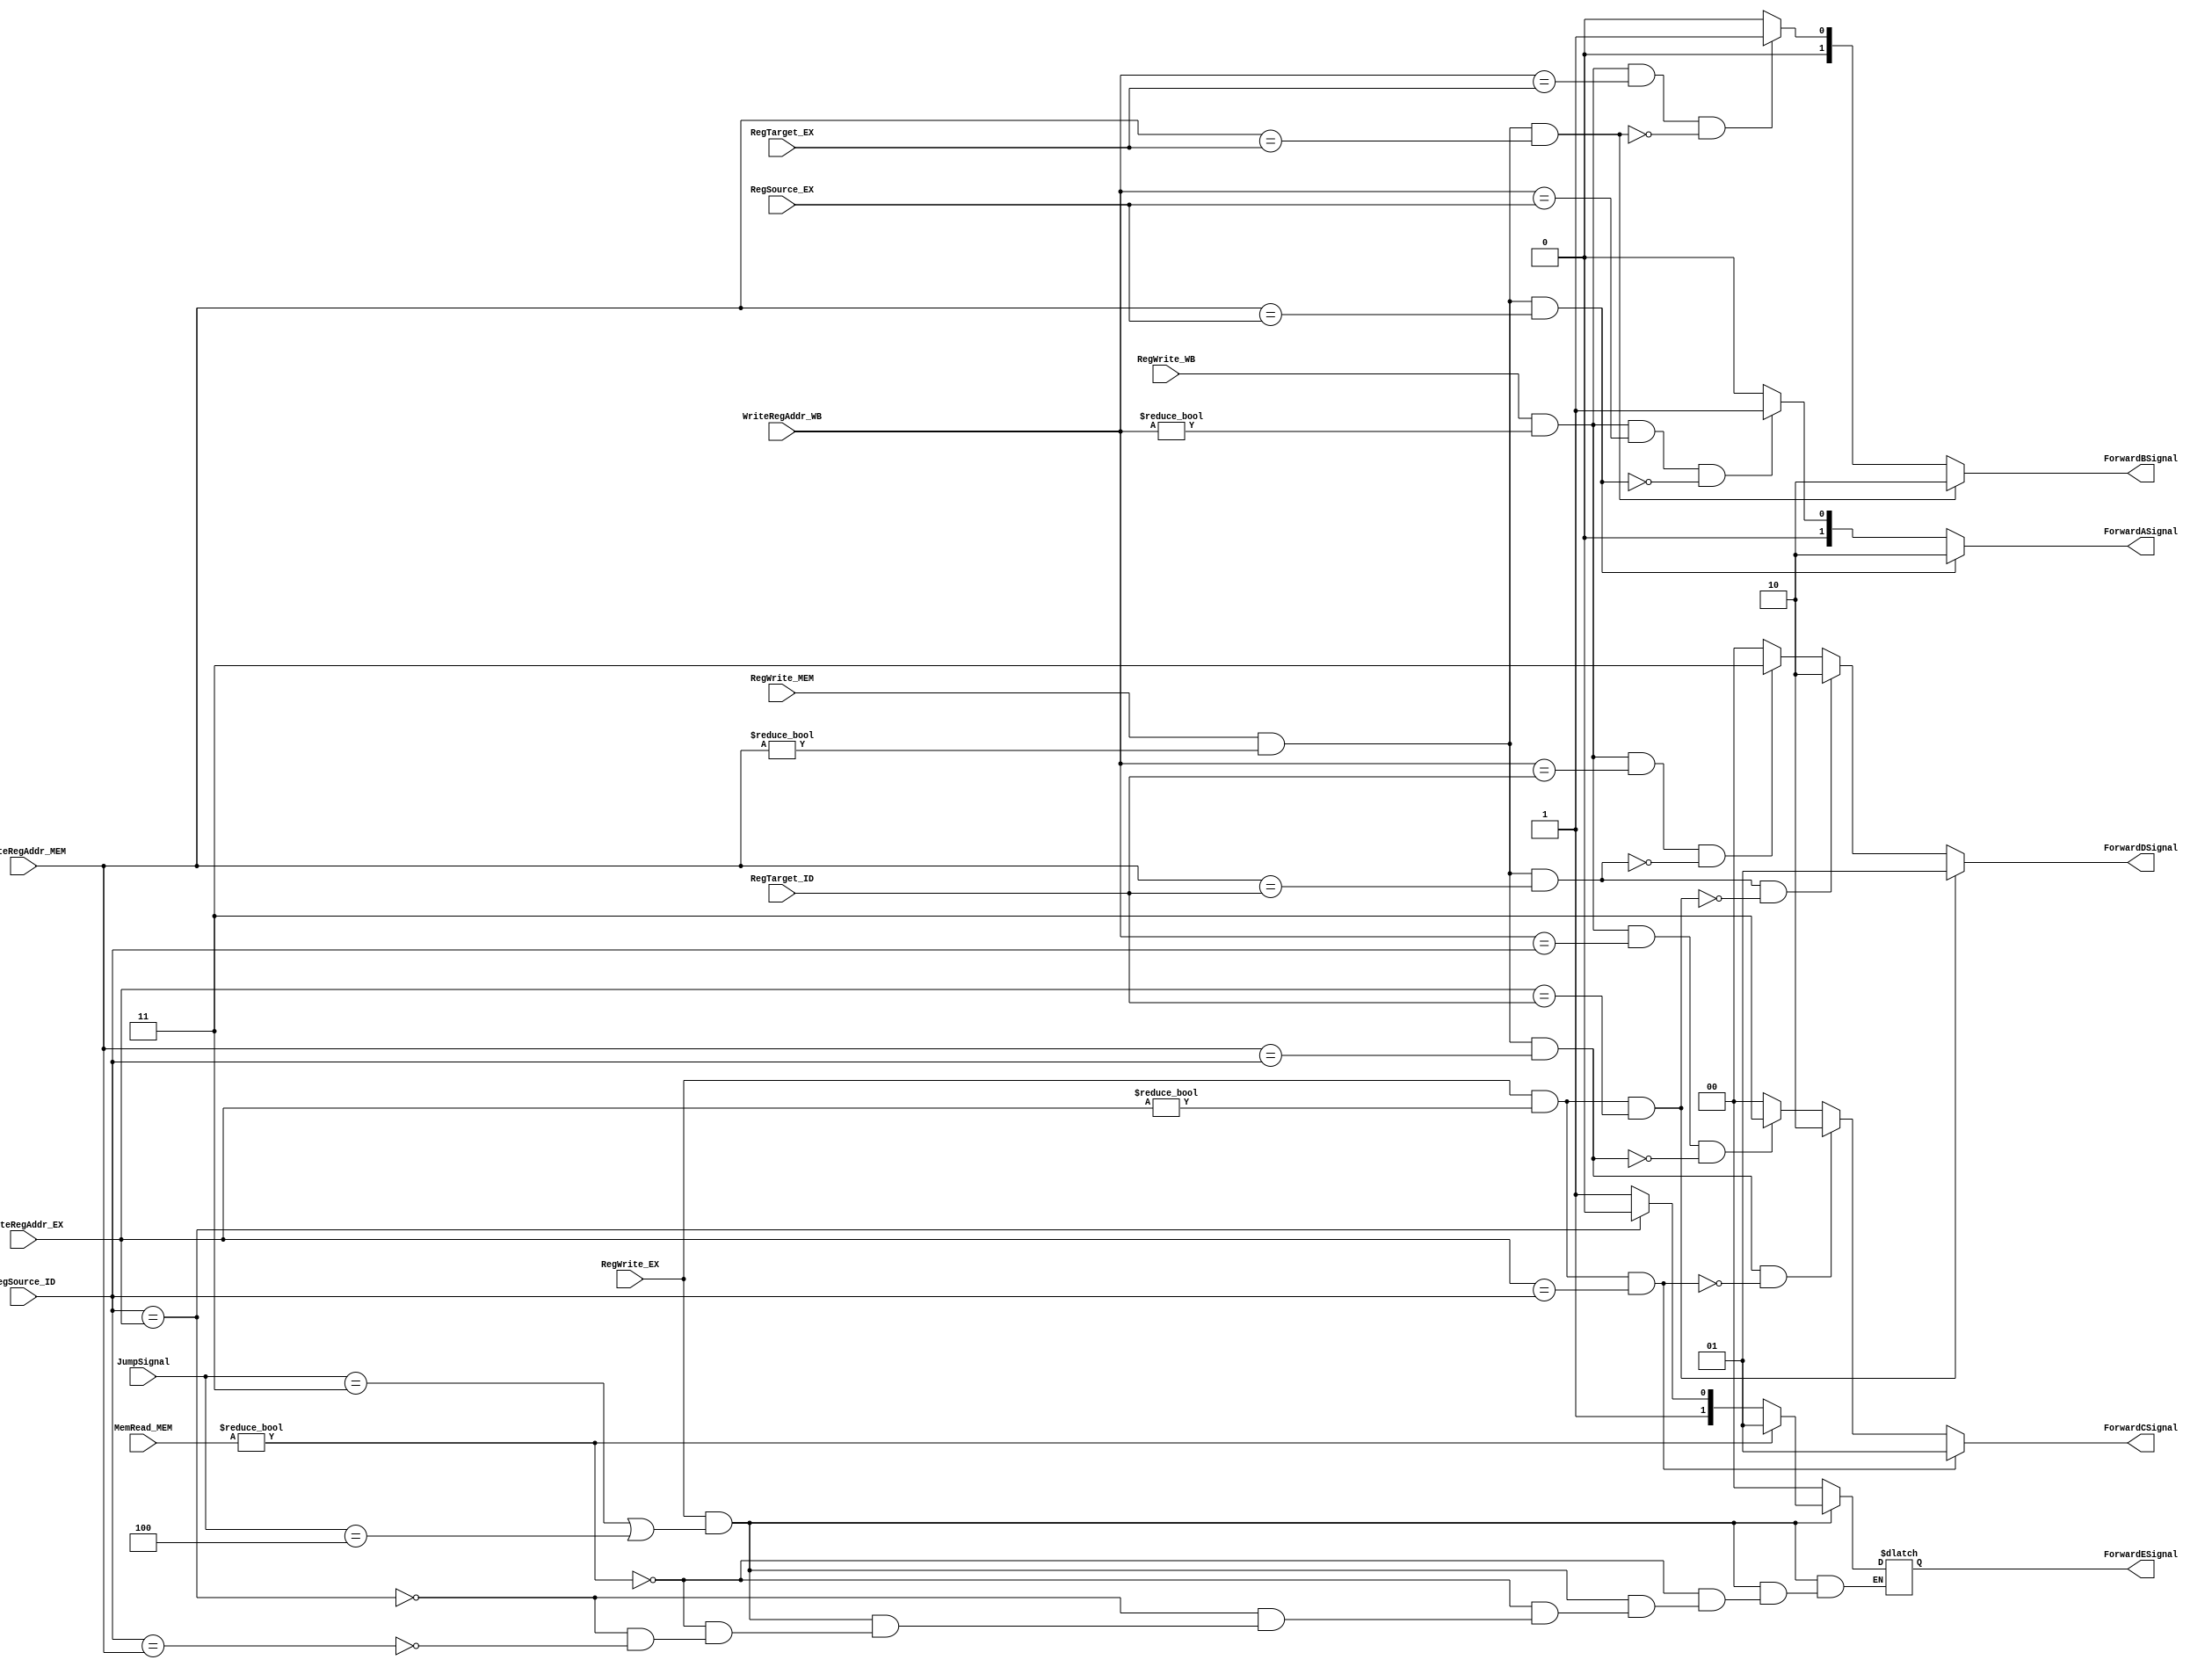
`timescale 1ns / 1ps

module Forwarding(
    input [2:0] JumpSignal,
    input [4:0] RegSource_ID,
    input [4:0] RegTarget_ID,
    input [4:0] RegSource_EX,
    input [4:0] RegTarget_EX,
    input [4:0] WriteRegAddr_EX,
    input [4:0] WriteRegAddr_MEM,
    input [4:0] WriteRegAddr_WB,
    input [2:0] MemRead_MEM,
    input       RegWrite_EX,
    input       RegWrite_MEM,
    input       RegWrite_WB,
    output reg[1:0] ForwardASignal,
    output reg[1:0] ForwardBSignal,
    output reg[1:0] ForwardCSignal,
    output reg[1:0] ForwardDSignal,
    output reg[1:0] ForwardESignal
    );
    
    always @(*) begin
//     MEM  0 
// EX  MEM  ALU 
//
//     WB  0 
// EX 
// 
        if(((RegWrite_MEM == 1) && (WriteRegAddr_MEM != 0)) &&(WriteRegAddr_MEM == RegSource_EX)) 
            ForwardASignal = 2'b10;
        else if(((RegWrite_WB == 1) && (WriteRegAddr_WB != 0))&&(WriteRegAddr_WB == RegSource_EX) && !((RegWrite_MEM && WriteRegAddr_MEM != 0) && (WriteRegAddr_MEM == RegSource_EX)))
            ForwardASignal = 2'b01;
        else ForwardASignal = 2'b00;
        
        if((RegWrite_MEM == 1) && (WriteRegAddr_MEM != 0) &&(WriteRegAddr_MEM == RegTarget_EX)) 
            ForwardBSignal = 2'b10;
        else if(((RegWrite_WB == 1) && (WriteRegAddr_WB != 0))&&(WriteRegAddr_WB == RegTarget_EX) && !((RegWrite_MEM && WriteRegAddr_MEM != 0) && (WriteRegAddr_MEM == RegTarget_EX)))
            ForwardBSignal = 2'b01;
        else ForwardBSignal = 2'b00;
        
   
   
        if((RegWrite_EX && WriteRegAddr_EX != 0) && (WriteRegAddr_EX == RegSource_ID))
            ForwardCSignal = 2'b01;
        else if((RegWrite_MEM && WriteRegAddr_MEM != 0) && (WriteRegAddr_MEM == RegSource_ID) && !((RegWrite_EX && WriteRegAddr_EX != 0) && (WriteRegAddr_EX == RegSource_ID)))
             ForwardCSignal = 2'b10;
        else if(((RegWrite_WB == 1) && (WriteRegAddr_WB != 0))&&(WriteRegAddr_WB == RegSource_ID) && !((RegWrite_MEM && WriteRegAddr_MEM != 0) && (WriteRegAddr_MEM == RegSource_ID)))
            ForwardCSignal = 2'b11;
        else ForwardCSignal = 2'b00;
        
        
        if((RegWrite_EX && WriteRegAddr_EX != 0) && (WriteRegAddr_EX == RegTarget_ID))
            ForwardDSignal = 2'b01;
        else if((RegWrite_MEM && WriteRegAddr_MEM != 0) && (WriteRegAddr_MEM == RegTarget_ID) && !((RegWrite_EX && WriteRegAddr_EX != 0) && (WriteRegAddr_EX == RegTarget_ID)))
             ForwardDSignal = 2'b10;
        else if(((RegWrite_WB == 1) && (WriteRegAddr_WB != 0))&&(WriteRegAddr_WB == RegTarget_ID) && !((RegWrite_MEM && WriteRegAddr_MEM != 0) && (WriteRegAddr_MEM == RegTarget_ID)))
            ForwardDSignal = 2'b11;
        else ForwardDSignal = 2'b00;
    
        if(RegWrite_EX && (JumpSignal == 3'b011 || JumpSignal == 3'b100)) begin
            if(MemRead_MEM != 3'b000)
                ForwardESignal = 2'b01;
            else if(RegSource_ID == WriteRegAddr_EX)
                ForwardESignal = 2'b10;
            else if(RegSource_ID == WriteRegAddr_MEM)
                ForwardESignal = 2'b11;
            end
        else ForwardESignal = 2'b00;
    end
    
endmodule